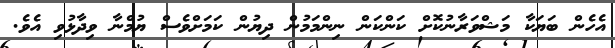
އެހެން ބަޔަކާ މަޝްވަރާނުކޮށް ކަންކަން ނިންމަމުން ދިޔުން ކަމަށްވެސް ޔުމްނާ ވިދާޅުވި އެވެ.